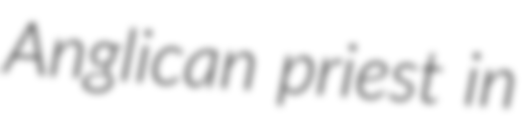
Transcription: Anglican priest in